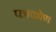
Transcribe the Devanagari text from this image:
पत्रकोण